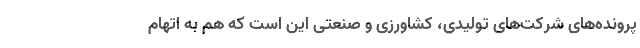
پرونده‌های شرکت‌های تولیدی، کشاورزی و صنعتی این است که هم به اتهام